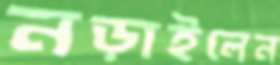
নড়াইলেন